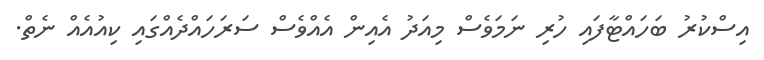
އިސްކުރު ބަހައްޓާފައި ހުރި ނަމަވެސް މިއަދު އެއިން އެއްވެސް ސަރަހައްދެއްގައި ކިއުއެއް ނެތް.